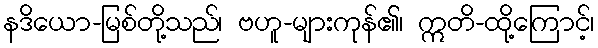
နဒိယော-မြစ်တို့သည်၊ ဗဟူ-များကုန်၏၊ ဣတိ-ထို့ကြောင့်၊